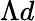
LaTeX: \Lambda d